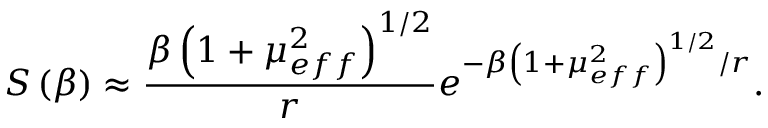
S \left( \beta \right) \approx \frac { \beta \left( 1 + \mu _ { e f f } ^ { 2 } \right) ^ { 1 / 2 } } { r } e ^ { - \beta \left( 1 + \mu _ { e f f } ^ { 2 } \right) ^ { 1 / 2 } / r } .